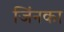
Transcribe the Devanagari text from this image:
जिंनका